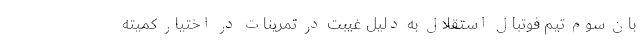
بان سوم تیم فوتبال استقلال به دلیل غیبت در تمرینات در اختیار کمیته